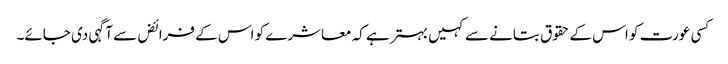
کسی عورت کو اس کے حقوق بتانے سے کہیں بہتر ہے کہ معاشرے کو اس کے فرائض سے آگہی دی جائے۔